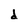
Character: d